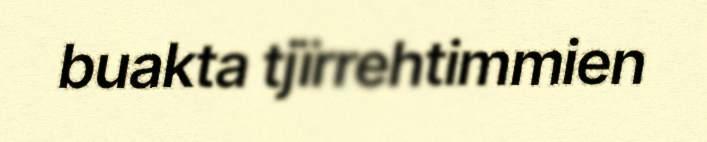
buakta tjïrrehtimmien